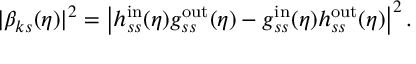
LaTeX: | \beta _ { k s } ( \eta ) | ^ { 2 } = \left| h _ { s s } ^ { \mathrm { i n } } ( \eta ) g _ { s s } ^ { \mathrm { o u t } } ( \eta ) - g _ { s s } ^ { \mathrm { i n } } ( \eta ) h _ { s s } ^ { \mathrm { o u t } } ( \eta ) \right| ^ { 2 } .